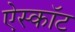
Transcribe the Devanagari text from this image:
ऐस्कॉट